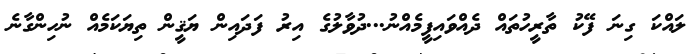
ލައްކަ ގިނަ ފޭކު ތާރީހުތައް ދެއްވައިފީމެއްނު...ދުވާލުގެ އިރު ފަދައިން ޔަޤީން ތިޔަކަމެއް ނުހިންގާނެ